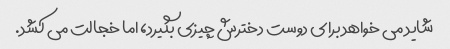
شاید می خواهد برای دوست دخترش چیزی بگیرد، اما خجالت می کشد.